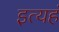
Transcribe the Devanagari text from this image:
इत्यहं